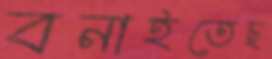
বনাইতেছ